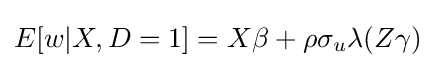
E[w|X,D=1]=X\beta +\rho \sigma _{u}\lambda (Z\gamma )